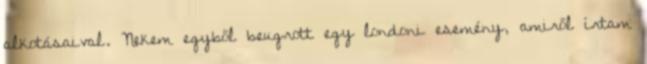
alkotásaival. Nekem egyből beugrott egy londoni esemény, amiről írtam